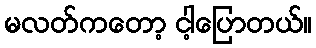
မလတ်ကတော့ ငါ့ပြောတယ်။